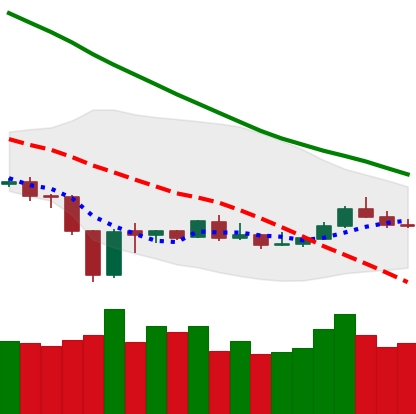
Ticker: BNB-USD
Chart end date: 2020-01-01
Forward return: 9.268%
Label: up_7plus